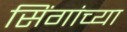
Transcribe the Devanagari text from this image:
सिंगांच्या